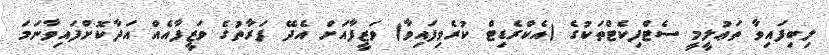
ލިބިފައިވާ ތަޢުލީމީ ސެޓްފިކެޓްތަކުގެ (އެކްރެޑިޓް ކުރެވިފައިވާ) ވަޒީފާއަށް އެދޭ ފަރާތުގެ ވަޒީފާއެއް އަދާކޮށްފައިވާނަމަ